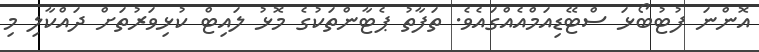
އޮންނަ ފުޓުބޯޅަ ސްޓޭޑިއަމްއެއްގައެވެ. ތަފާތު ޕެޓާންތަކުގެ މޮޅު ލައިޓް ކުޅިވަރުތަށް ދައްކާލި މި